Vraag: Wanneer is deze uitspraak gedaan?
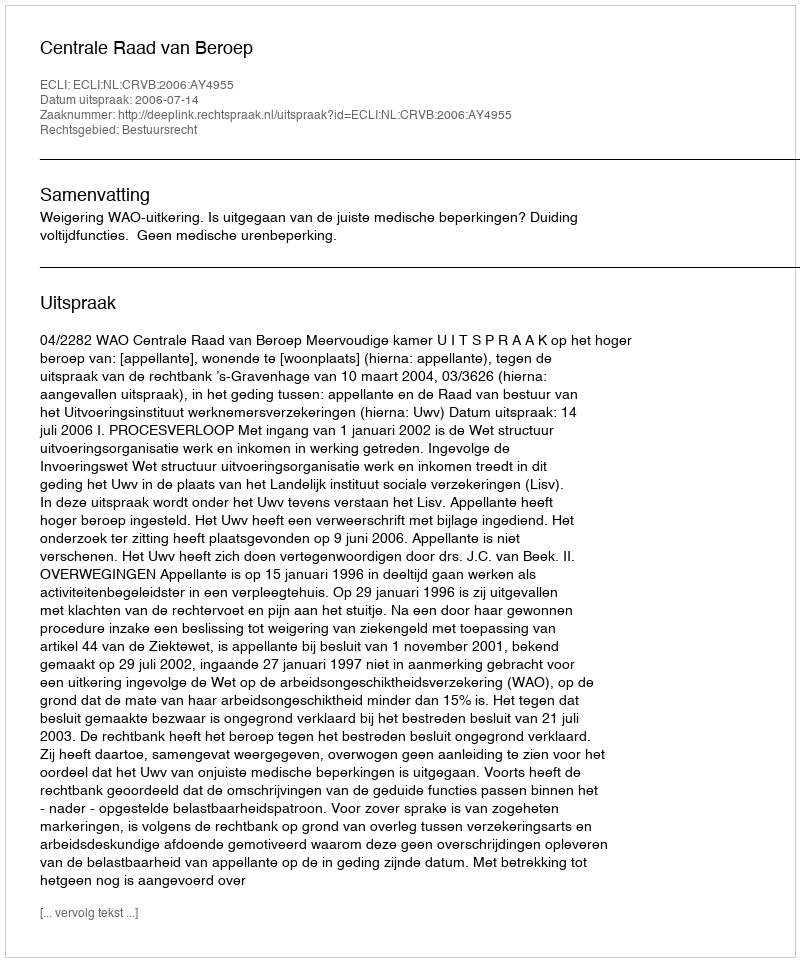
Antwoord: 2006-07-14